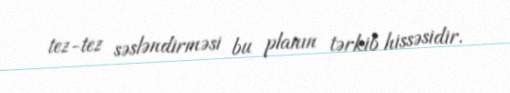
tez-tez səsləndirməsi bu planın tərkib hissəsidir.